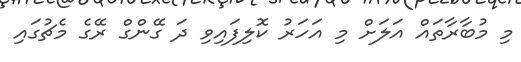
މި މުބާރާތައް އަލަށް މި އަހަރު ކޮލިފައިވި ދަ ގޭންގް ރޭގެ މެޗުގައި